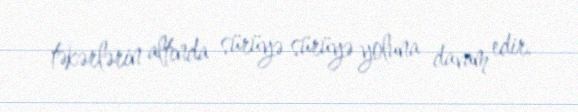
təkərlərin altında sürüyə sürüyə yoluna davam edir.